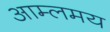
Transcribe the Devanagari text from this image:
आम्लमय